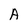
Character: A